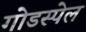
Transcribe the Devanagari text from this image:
गोडस्पेल